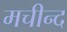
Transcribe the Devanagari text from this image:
मचीन्‍द